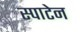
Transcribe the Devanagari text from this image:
स्पाटेन